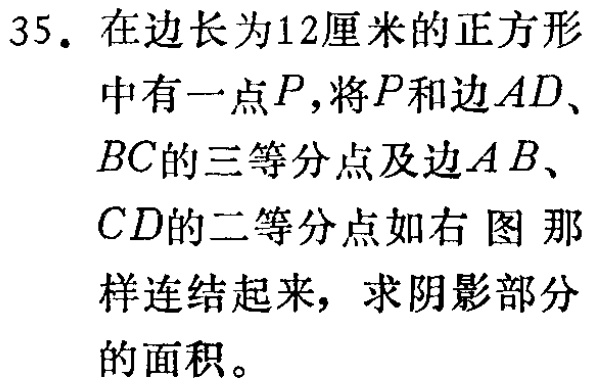
35. 在边长为12厘米的正方形中有一点\(P\)，将\(P\)和边\(AD\)、\(BC\)的三等分点及边\(AB\)、\(CD\)的二等分点如右图那样连结起来，求阴影部分的面积。